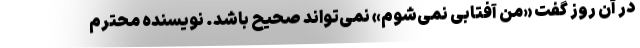
در آن روز گفت «من آفتابی نمی‌شوم» نمی‌تواند صحیح باشد. نویسنده محترم